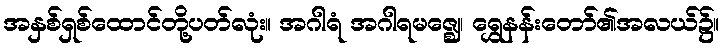
အနှစ်ရှစ်ထောင်တို့ပတ်လုံး။ အဂါရံ အဂါရမဇ္ဈေ၊ ရွှေနန်းတော်၏အလယ်၌။